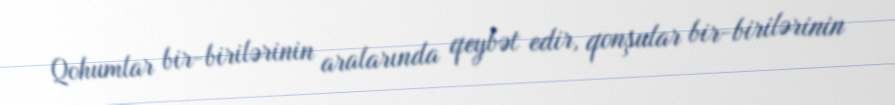
Qohumlar bir-birilərinin aralarında qeybət edir, qonşular bir-birilərinin